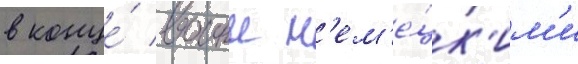
в конце́ воины н'ем'е́цк'им'и